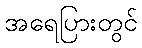
အရေပြားတွင်